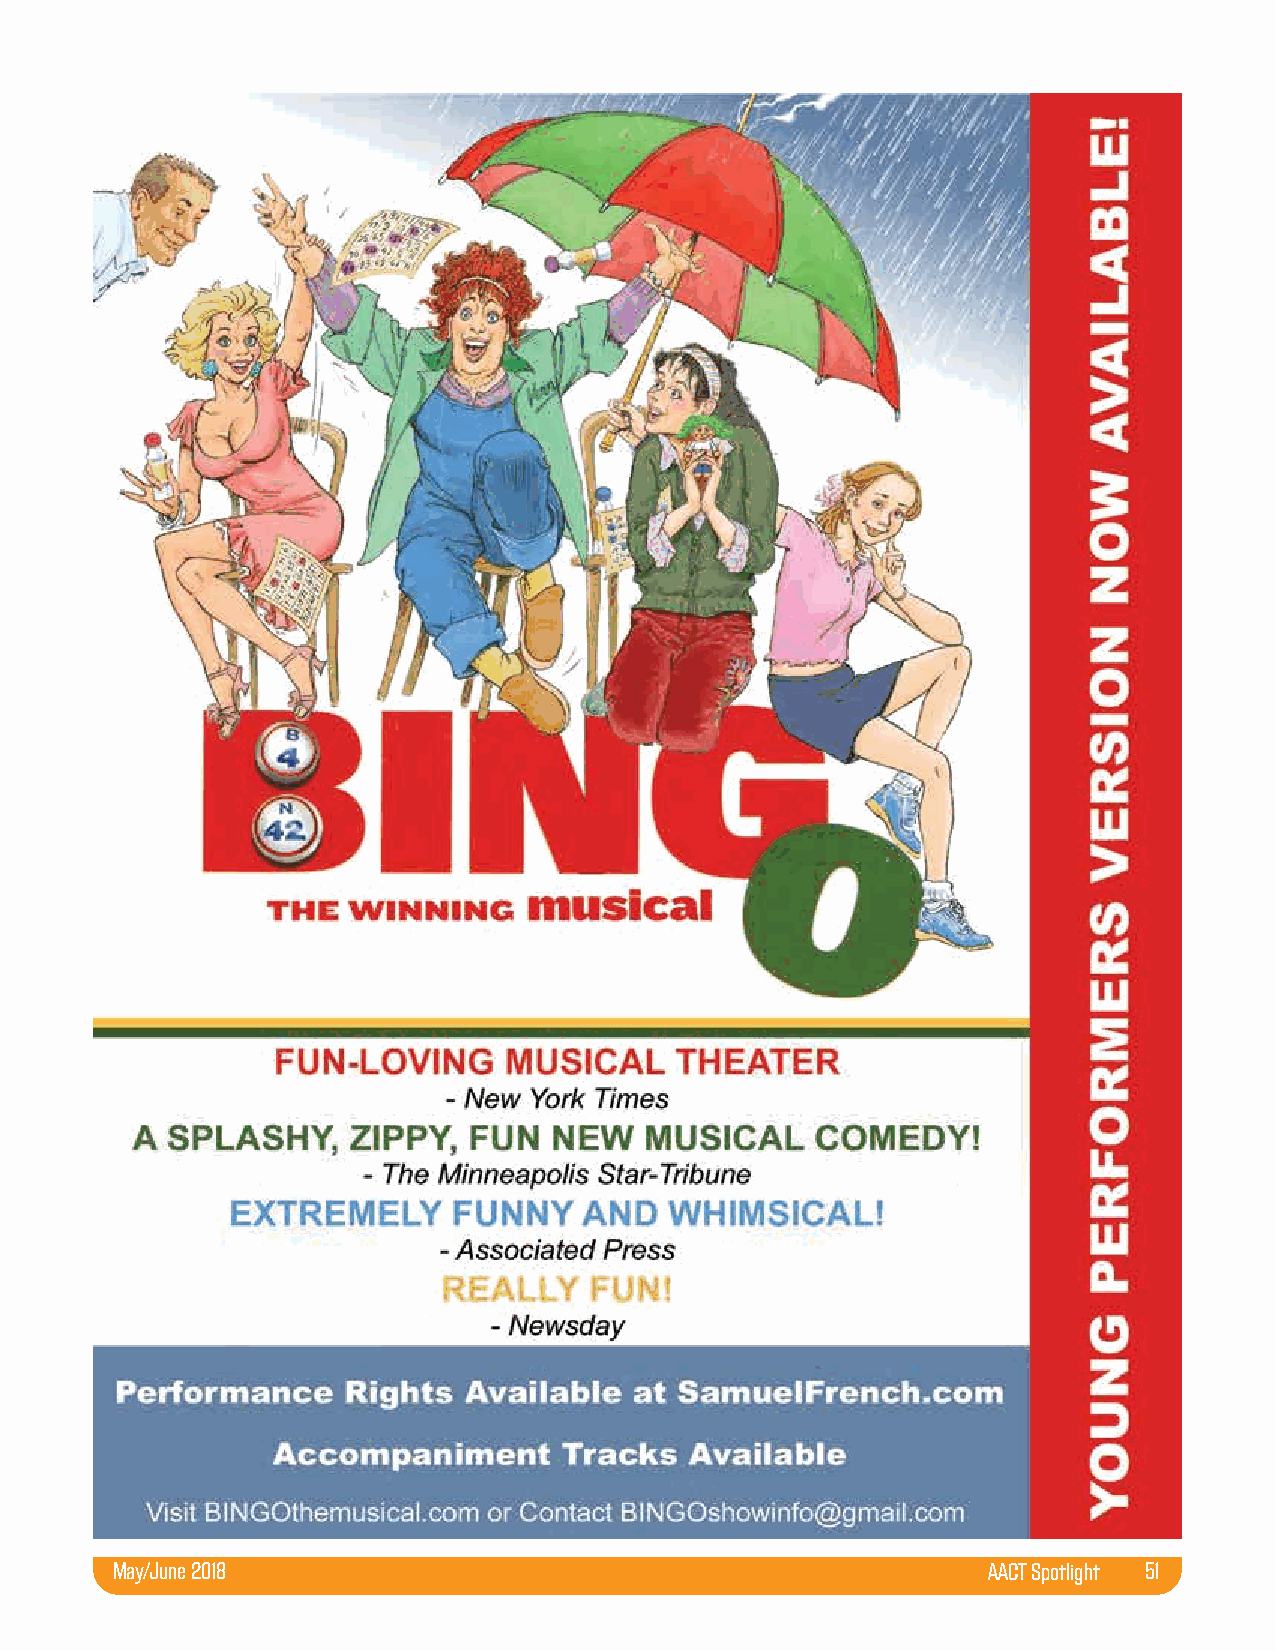
May/June 2018                                             AACT Spotlight 51